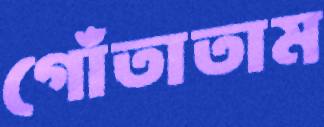
গোঁতাতাম